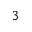
_ 3